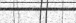
١٠